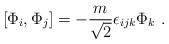
LaTeX: \begin{align*}[\Phi_i,\Phi_j] = -\frac{m}{\sqrt 2}\epsilon_{ijk} \Phi_k \ .\end{align*}